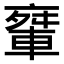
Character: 𨌤